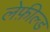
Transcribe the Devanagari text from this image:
लेफ़ील्ड